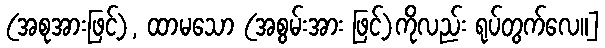
(အစုအားဖြင့်), ထာမသော (အစွမ်းအား ဖြင့်)ကိုလည်း ရုပ်တွက်လေ။]